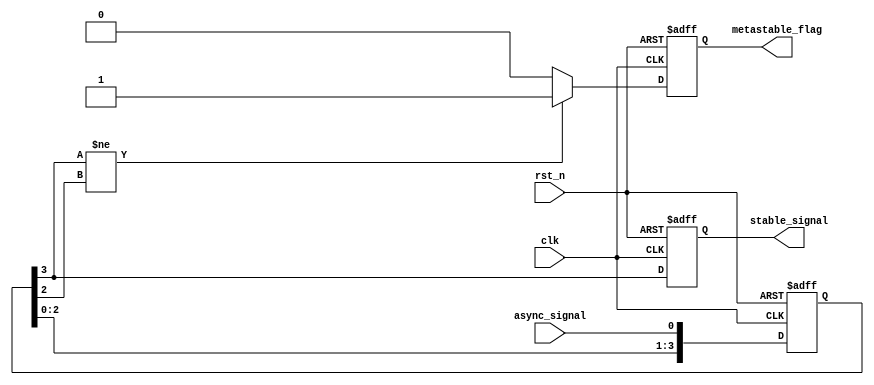
module metastability_detector (
    input wire clk,                 // Sampling clock
    input wire rst_n,               // Active low reset
    input wire async_signal,         // Asynchronous input signal
    output reg metastable_flag,      // Flag for metastability detection
    output reg stable_signal          // Output signal that should be stable
);

    // Number of stages for sampling
    localparam NUM_STAGES = 4; // Define how many flip-flops to use
    reg [NUM_STAGES-1:0] samples; // Shift register to store samples

    // Process for sampling the asynchronous input signal
    always @(posedge clk or negedge rst_n) begin
        if (!rst_n) begin
            samples <= 0;
            stable_signal <= 0;
            metastable_flag <= 0;
        end else begin
            // Shift in the asynchronous signal
            samples <= {samples[NUM_STAGES-2:0], async_signal};

            // Determine stable output based on the last flip-flop output
            stable_signal <= samples[NUM_STAGES-1];

            // Check for metastability (if the output changes state)
            if (samples[NUM_STAGES-1] != samples[NUM_STAGES-2])
                metastable_flag <= 1'b1; // Metastability detected
            else
                metastable_flag <= 1'b0; // No metastability
        end
    end

endmodule